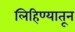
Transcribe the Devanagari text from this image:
लिहिण्यातून